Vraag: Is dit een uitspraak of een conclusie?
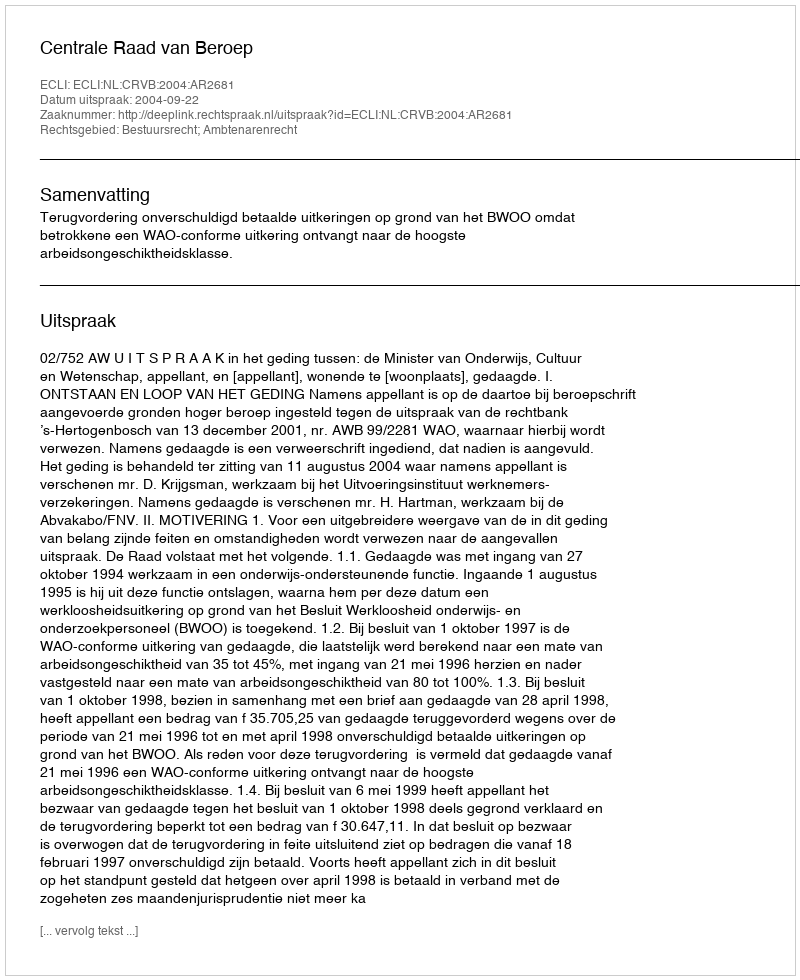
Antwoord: Uitspraak